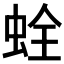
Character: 𧊲